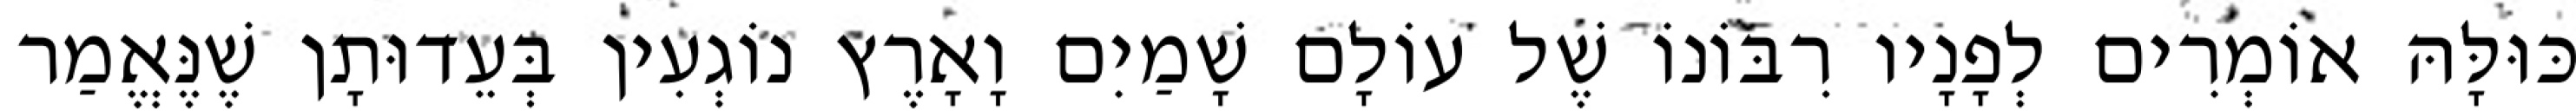
כּוּלָּהּ אוֹמְרִים לְפָנָיו רִבּוֹנוֹ שֶׁל עוֹלָם שָׁמַיִם וָאָרֶץ נוֹגְעִין בְּעֵדוּתָן שֶׁנֶּאֱמַר